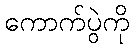
ကောက်ပွဲကို